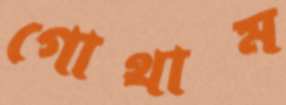
গোথাম